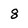
Character: 8